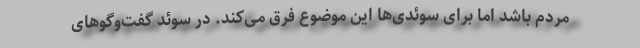
مردم باشد اما برای سوئدی‌ها این موضوع فرق می‌کند. در سوئد گفت‌و‌گوهای